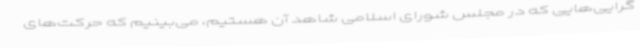
گرایی‌هایی که در مجلس شورای اسلامی شاهد آن هستیم، می‌بینیم که حرکت‌های